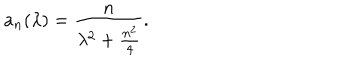
LaTeX: a _ { n } ( \lambda ) = \frac { n } { \lambda ^ { 2 } + \frac { n ^ { 2 } } { 4 } } .